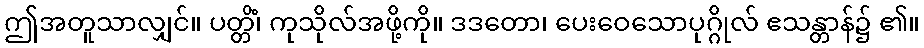
ဤအတူသာလျှင်။ ပတ္တိံ၊ ကုသိုလ်အဖို့ကို။ ဒဒတော၊ ပေးဝေသောပုဂ္ဂိုလ် ဧသန္တာန်၌ ၏။